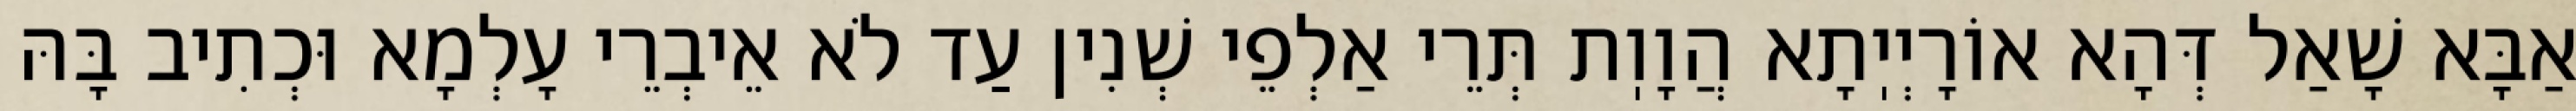
אַבָּא שָׁאַל דְּהָא אוֹרָיְיֽתָא הֲוָוֽת תְּרֵי אַלְפֵי שְׁנִין עַד לֹא אֵיבְרֵי עָלְמָא וּכְתִיב בָּהּ